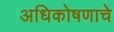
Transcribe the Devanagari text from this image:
अधिकोषणाचे